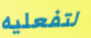
لتفعليه